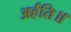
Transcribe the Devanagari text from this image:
अर्हति॥